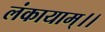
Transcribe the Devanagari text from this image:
लंकायाम्।।